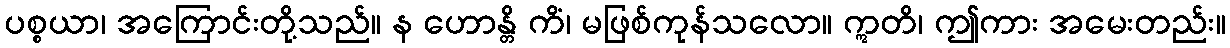
ပစ္စယာ၊ အကြောင်းတို့သည်။ န ဟောန္တိ ကိံ၊ မဖြစ်ကုန်သလော။ ဣတိ၊ ဤကား အမေးတည်း။